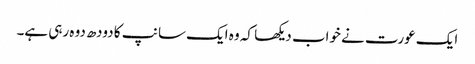
ایک عورت نے خواب دیکھا کہ وہ ایک سانپ کا دودھ دوہ رہی ہے۔